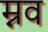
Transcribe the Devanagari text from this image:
म्नव